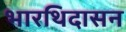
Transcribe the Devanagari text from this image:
भारथिदासन